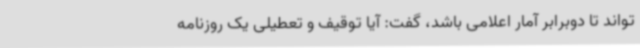
تواند تا دوبرابر آمار اعلامی باشد، گفت: آیا توقیف و تعطیلی یک روزنامه